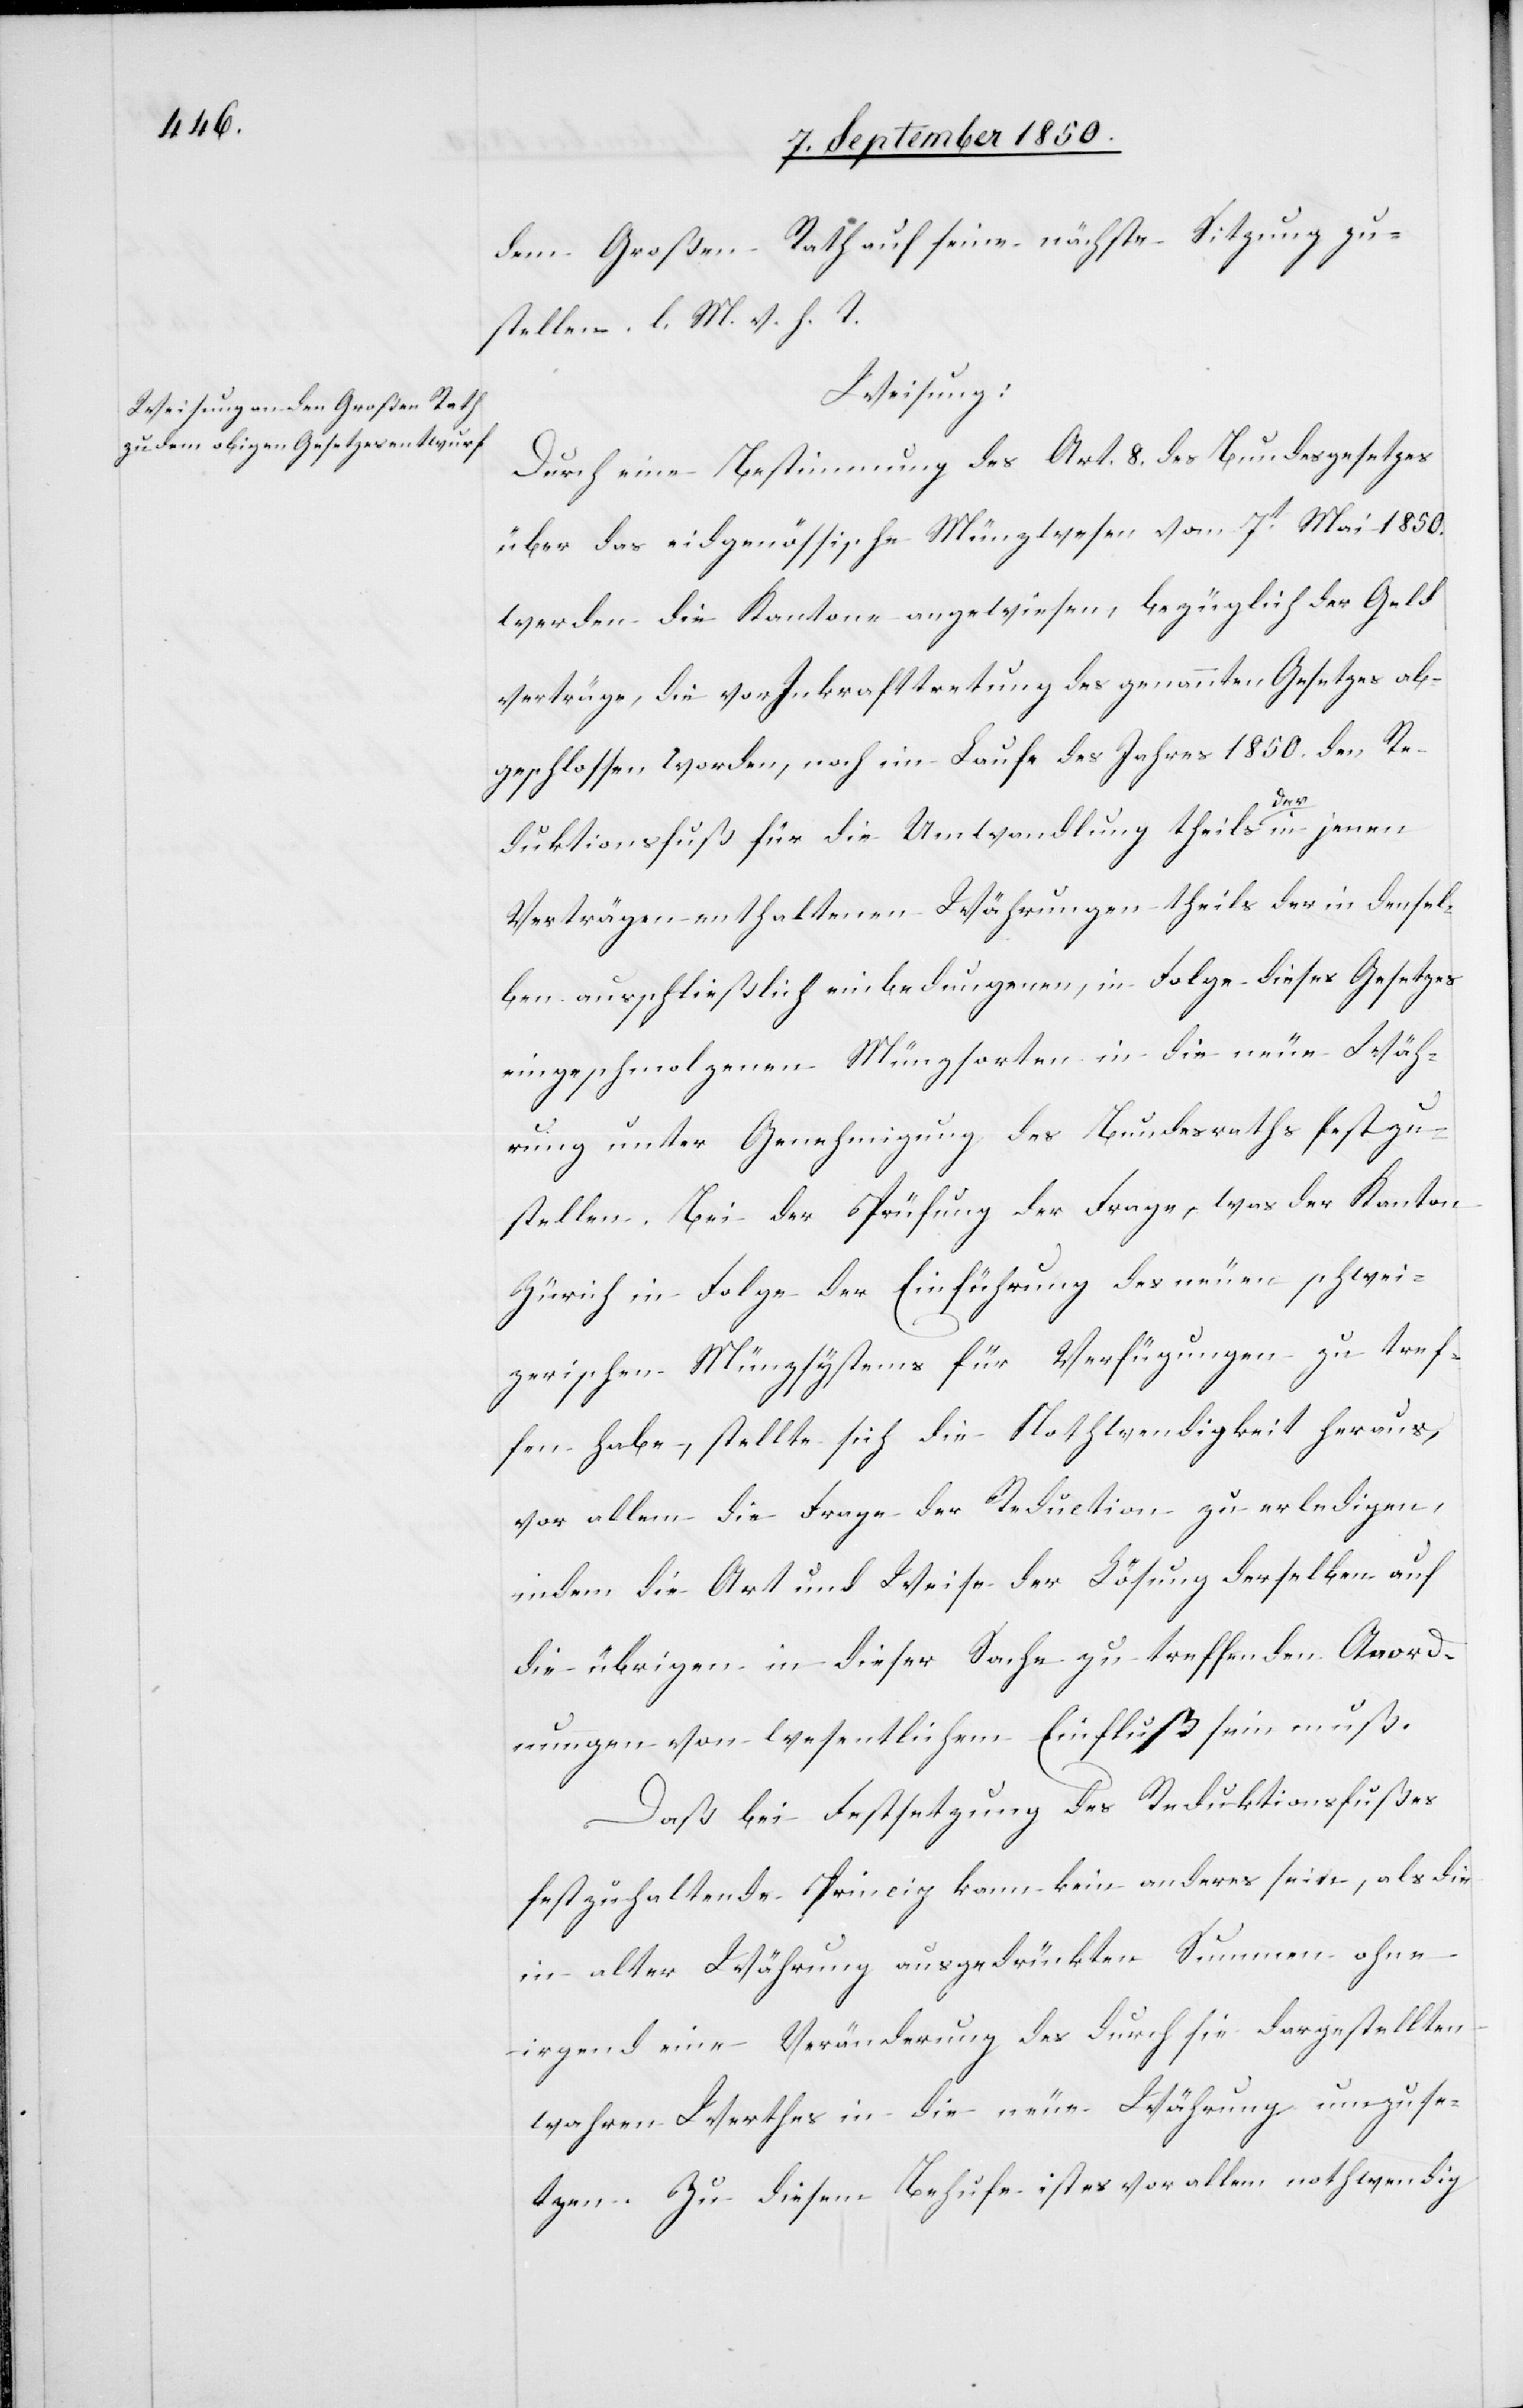
dem Großen Rath auf seine nächste Sitzung zu¬
stellen. l. M. v. h. T.
Weisung:
Durch eine Bestimmung des Art. 8. des Bundesgesetzes
über das eidgenössische Münzwesen vom 7t Mai 1850.
werden die Kantone angewiesen, bezüglich der Geld¬
verträge, die vor Inkrafttretung des genannten Gesetzes ab¬
geschlossen worden, noch im Laufe des Jahres 1850. den Re¬
duktionsfuß für die Umwandlung theils der in jenen
Verträgen enthaltenen Währungen theils der in densel¬
ben ausschließlich einbedungenen, in Folge dieses Gesetzes
eingeschmolzenen Münzsorten in die neue Wäh¬
rung unter Genehmigung des Bundesraths festzu¬
setzen. Bei der Prüfung der Frage, was der Kanton
Zürich in Folge der Einführung des neuen schwei¬
zerischen Münzsystems für Verfügungen zu tref¬
fen habe, stellte sich die Nothwendigkeit heraus,
vor allem die Frage der Reduction zu erledigen,
indem die Art und Weise der Lösung derselben auf
die übrigen in dieser Sache zu treffenden Anord¬
nungen von wesentlichem Einfluß sein muß.
Daß bei Festsetzung des Reduktionsfußes
festzuhaltende Princip kann kein anderes sein, als die
in alter Währung ausgedrückten Summen ohne
irgend eine Veränderung des durch sie dargestellten
wahren Werthes in die neue Währung umzuse¬
tzen. Zu diesem Behufe ist es vor allem nothwendig